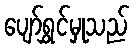
ပျော်ရွှင်မှုသည်